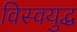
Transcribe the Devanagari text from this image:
विस्वयुद्ध